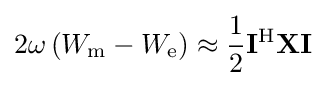
2\omega \left(W_{\mathrm {m} }-W_{\mathrm {e} }\right)\approx {\frac {1}{2}}\mathbf {I} ^{\mathrm {H} }\mathbf {X} \mathbf {I}